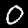
Label: 0